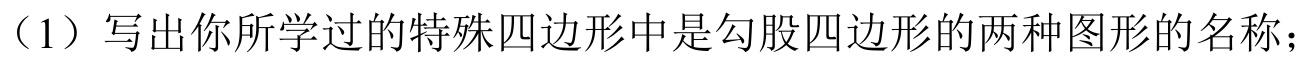
（1）写出你所学过的特殊四边形中是勾股四边形的两种图形的名称；